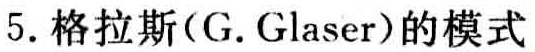
5. 格拉斯(G. Glaser)的模式